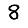
Digit: 8